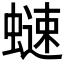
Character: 𧐒